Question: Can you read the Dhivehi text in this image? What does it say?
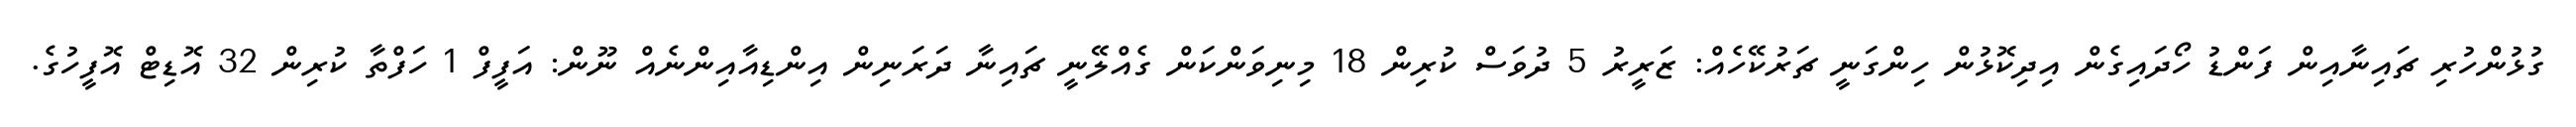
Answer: ގުޅުންހުރި ޗައިނާއިން ފަންޑު ހޯދައިގެން އިދިކޮޅުން ހިންގަނީ ޗަރުކޭހެއް: ޒަރީރު 5 ދުވަސް ކުރިން 18 މިނިވަންކަން ގެއްލޭނީ ޗައިނާ ދަރަނިން އިންޑިއާއިންނެއް ނޫން: އަފީފް 1 ހަފްތާ ކުރިން 32 އޮޑިޓް އޮފީހުގެ.